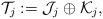
LaTeX: \begin{align*}\mathcal{T}_j := \mathcal{J}_j \oplus \mathcal{K}_j,\end{align*}